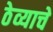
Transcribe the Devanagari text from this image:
ठेव्याचे